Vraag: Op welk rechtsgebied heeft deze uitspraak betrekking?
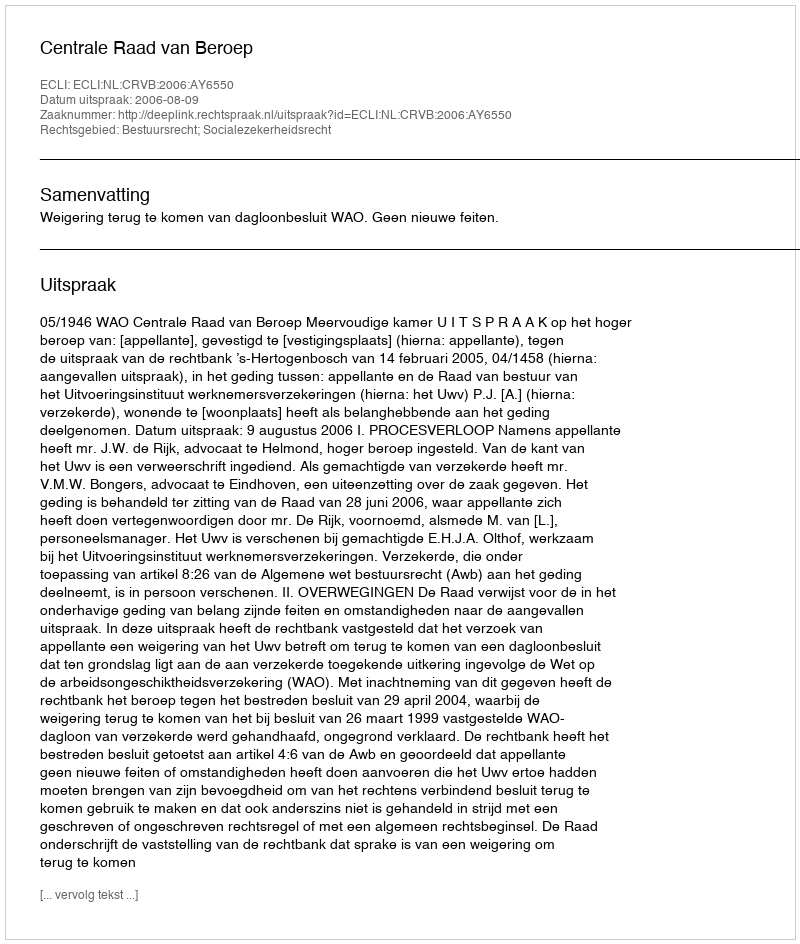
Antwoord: Bestuursrecht; Socialezekerheidsrecht